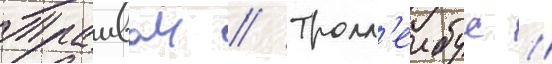
Трамваи // Тролл'еибус //